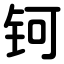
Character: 钶